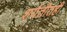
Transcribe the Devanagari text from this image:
शर्यतीतही